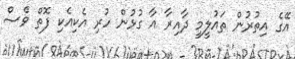
އޭގެ އިތުރުން ތައުލީމީ ދާއިރާ އާ ގުޅުން ހުރި އެކިއެކި ފޮތް ވެސް